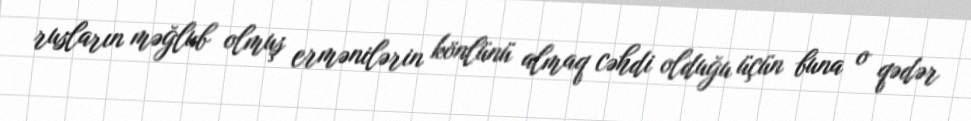
rusların məğlub olmuş ermənilərin könlünü almaq cəhdi olduğu üçün buna o qədər